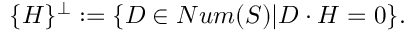
\{ H \} ^ { \perp } : = \{ D \in N u m ( S ) | D \cdot H = 0 \} .